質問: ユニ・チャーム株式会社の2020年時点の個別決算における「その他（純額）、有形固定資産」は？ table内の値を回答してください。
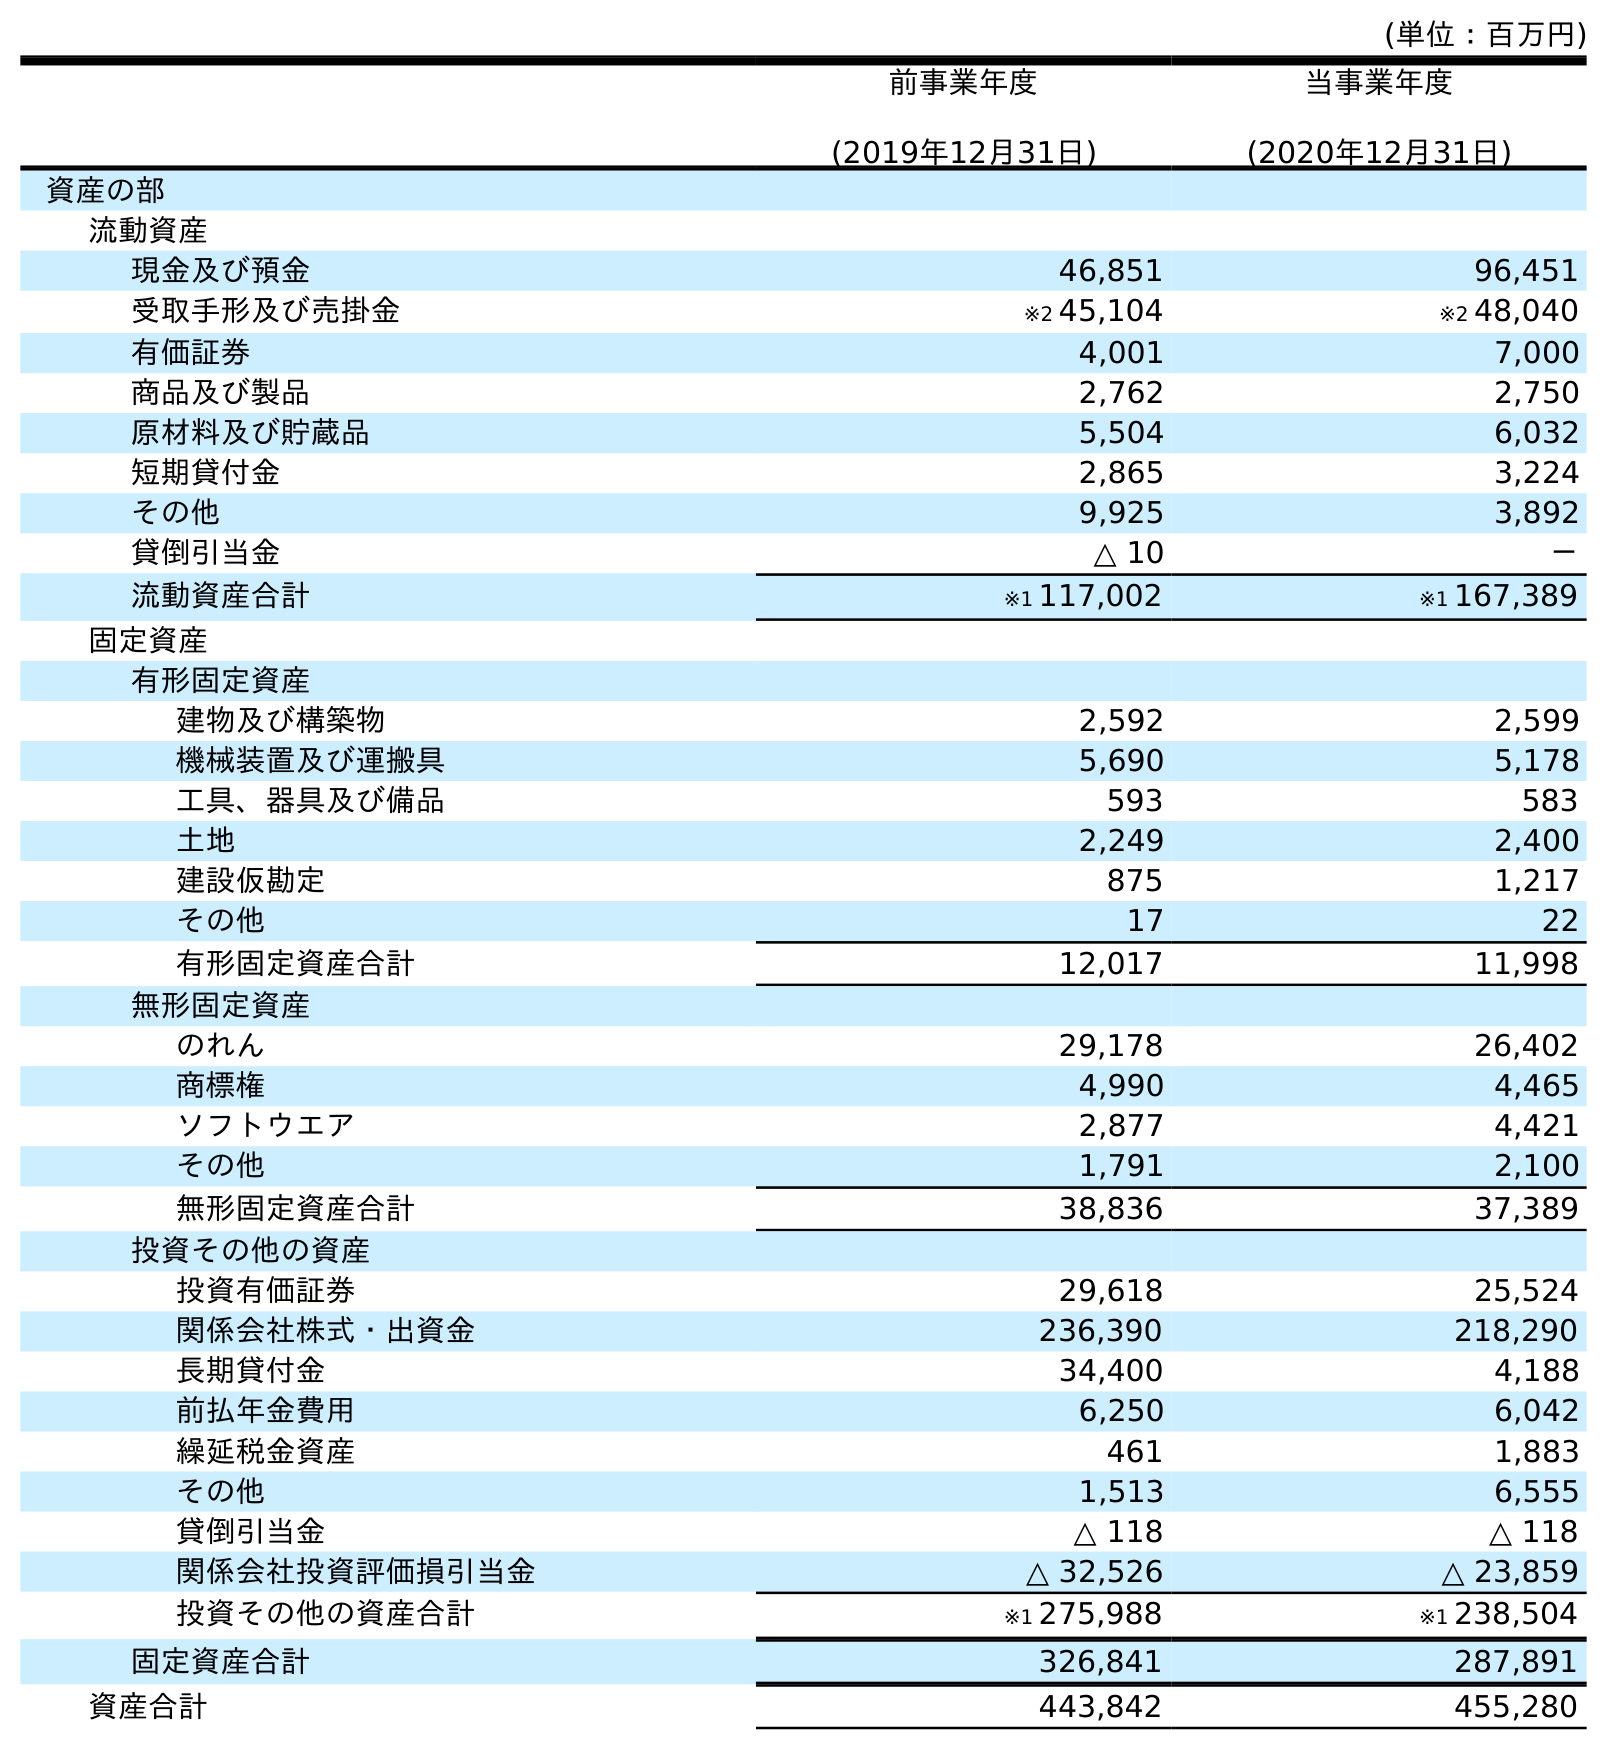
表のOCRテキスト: (単位：百万円) 前事業年度 (2019年12月31日) 当事業年度 (2020年12月31日) 資産の部 流動資産 現金及び預金 46,851 96,451 受取手形及び売掛金 ※2 45,104 ※2 48,040 有価証券 4,001 7,000 商品及び製品 2,762 2,750 原材料及び貯蔵品 5,504 6,032 短期貸付金 2,865 3,224 その他 9,925 3,892 貸倒引当金 △ 10 － 流動資産合計 ※1 117,002 ※1 167,389 固定資産 有形固定資産 建物及び構築物 2,592 2,599 機械装置及び運搬具 5,690 5,178 工具、器具及び備品 593 583 土地 2,249 2,400 建設仮勘定 875 1,217 その他 17 22 有形固定資産合計 12,017 11,998 無形固定資産 のれん 29,178 26,402 商標権 4,990 4,465 ソフトウエア 2,877 4,421 その他 1,791 2,100 無形固定資産合計 38,836 37,389 投資その他の資産 投資有価証券 29,618 25,524 関係会社株式・出資金 236,390 218,290 長期貸付金 34,400 4,188 前払年金費用 6,250 6,042 繰延税金資産 461 1,883 その他 1,513 6,555 貸倒引当金 △ 118 △ 118 関係会社投資評価損引当金 △ 32,526 △ 23,859 投資その他の資産合計 ※1 275,988 ※1 238,504 固定資産合計 326,841 287,891 資産合計 443,842 455,280
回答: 22